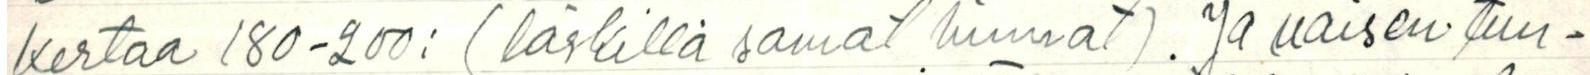
kertaa 180-200: (läskillä samat hinnat). Ja naisen tun-